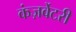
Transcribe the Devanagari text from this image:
कंज़र्वेटरी